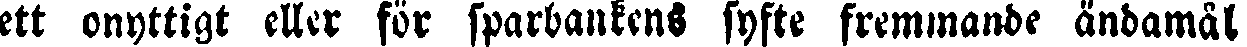
ett onyttigt eller för sparbankens syfte fremmande ändamål